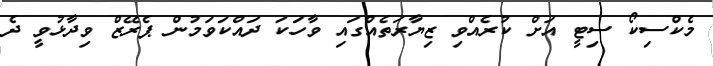
މެކްސިކޯ ސިޓީ އަށް ކުރެއްވި ޒިޔާރަތެއްގައި ވާހަކަ ދައްކަވަމުން ޕެރޭޒް ވިދާޅުވީ ދެ